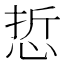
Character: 悊